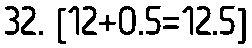
32. [12+0.5=12.5]